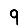
Digit: 9